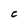
Character: C